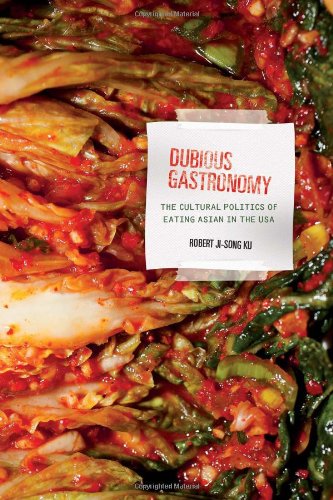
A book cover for Dubious Gastronomy: The Cultural Politics of Eating Asian in the USA (Food in Asia and the Pacific); Robert Ji-Song Ku; Cookbooks, Food & Wine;